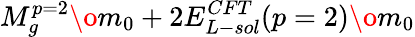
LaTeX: {{M_{g}^{p=2}}\o{m_{0}}}+2{{E_{L-sol}^{CFT}(p=2)}\o{m_{0}}}